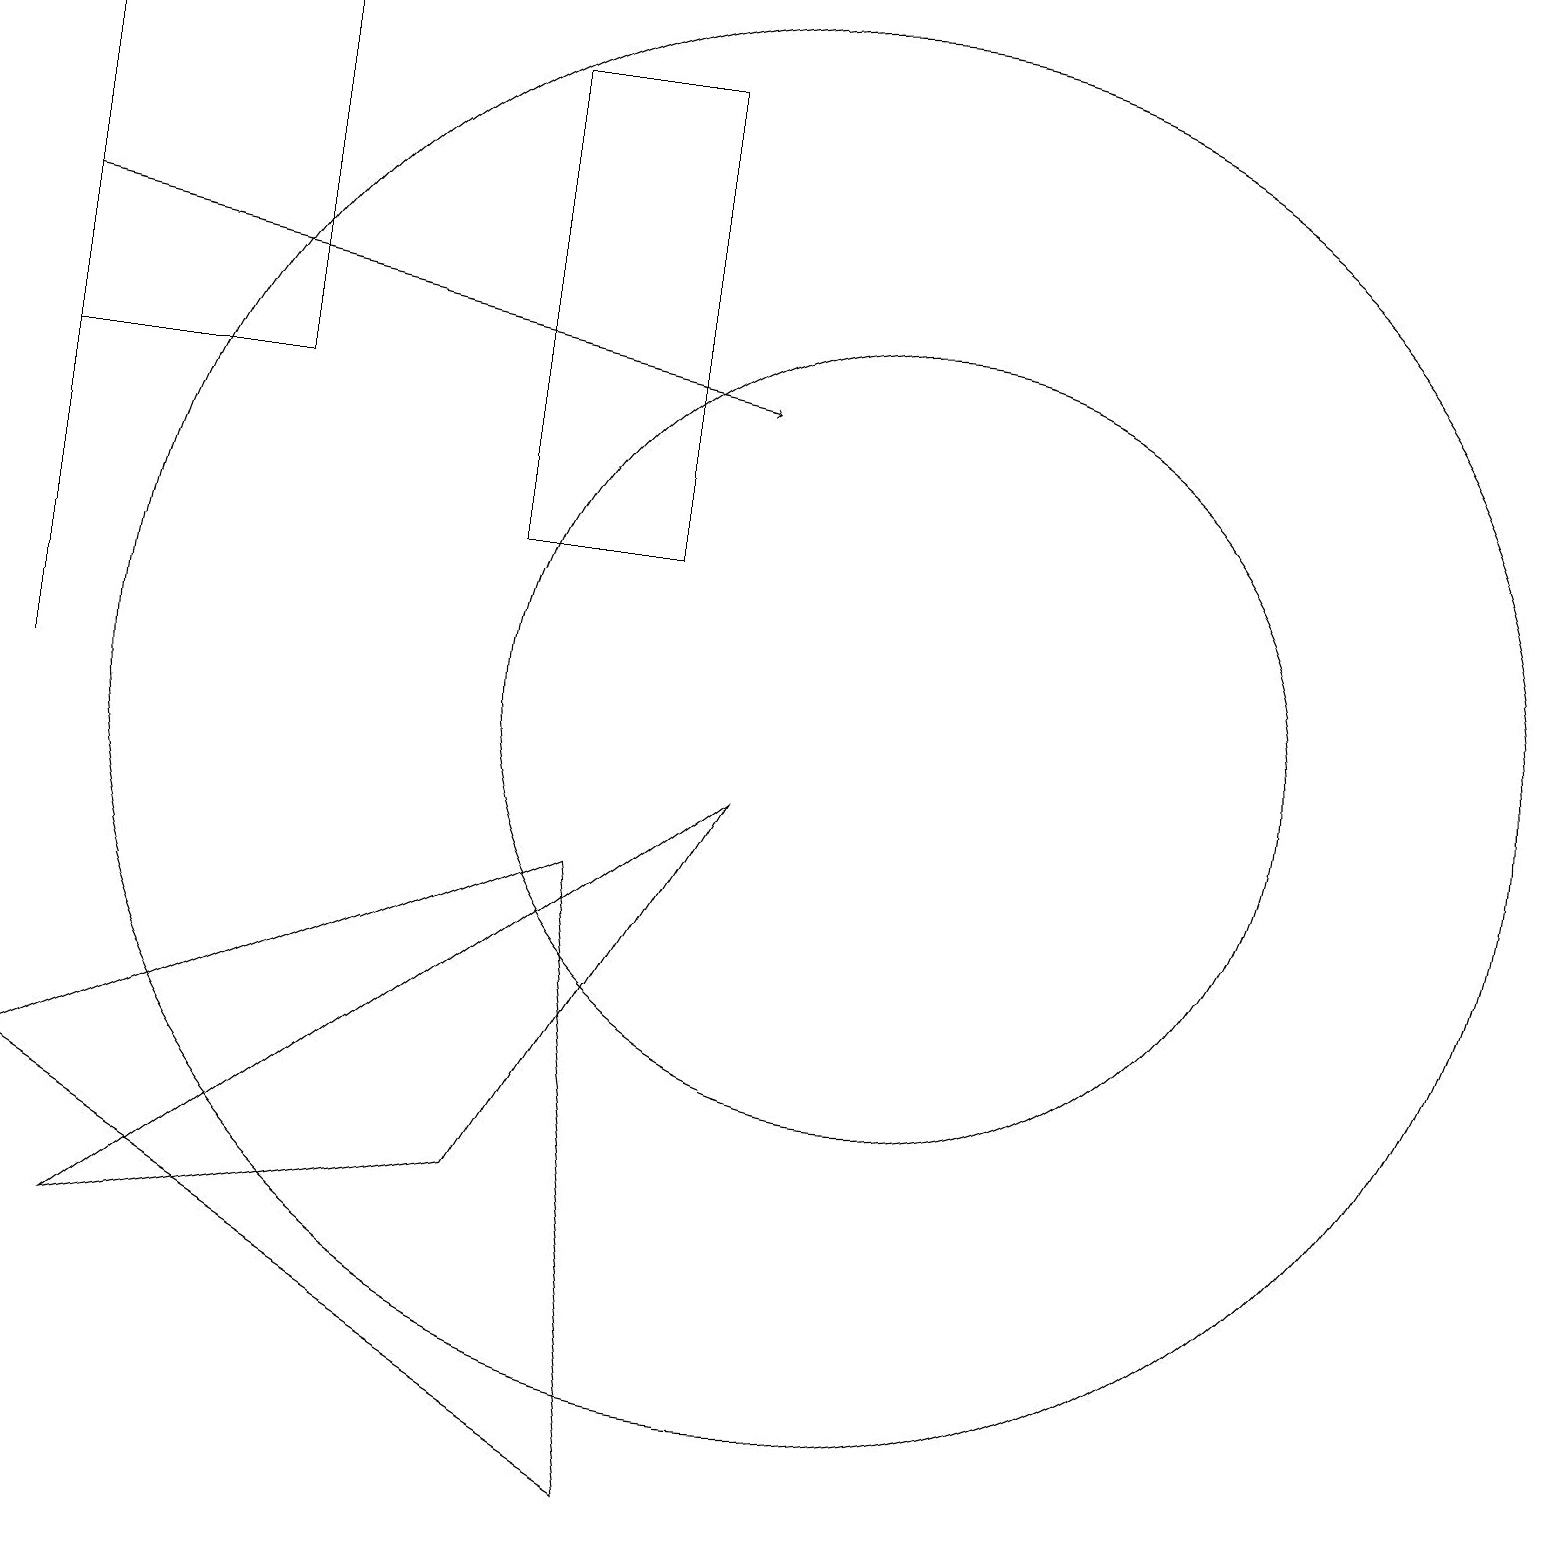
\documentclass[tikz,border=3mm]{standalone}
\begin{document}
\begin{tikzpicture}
\draw[->] (0,16) -- (9,14);
\draw (8,18) rectangle (6,12);
\draw (10,10) circle (9);
\draw (0,10) rectangle (0,17);
\draw (3,14) rectangle (0,19);
\draw (11,10) circle (5);
\draw (1,3) -- (6,4) -- (9,9) -- cycle;
\draw (7,8) -- (0,5) -- (8,0) -- cycle;
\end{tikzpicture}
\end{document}